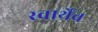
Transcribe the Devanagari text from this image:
स्वार्थेंच